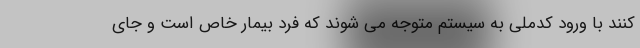
کنند با ورود کدملی به سیستم متوجه می شوند که فرد بیمار خاص است و جای